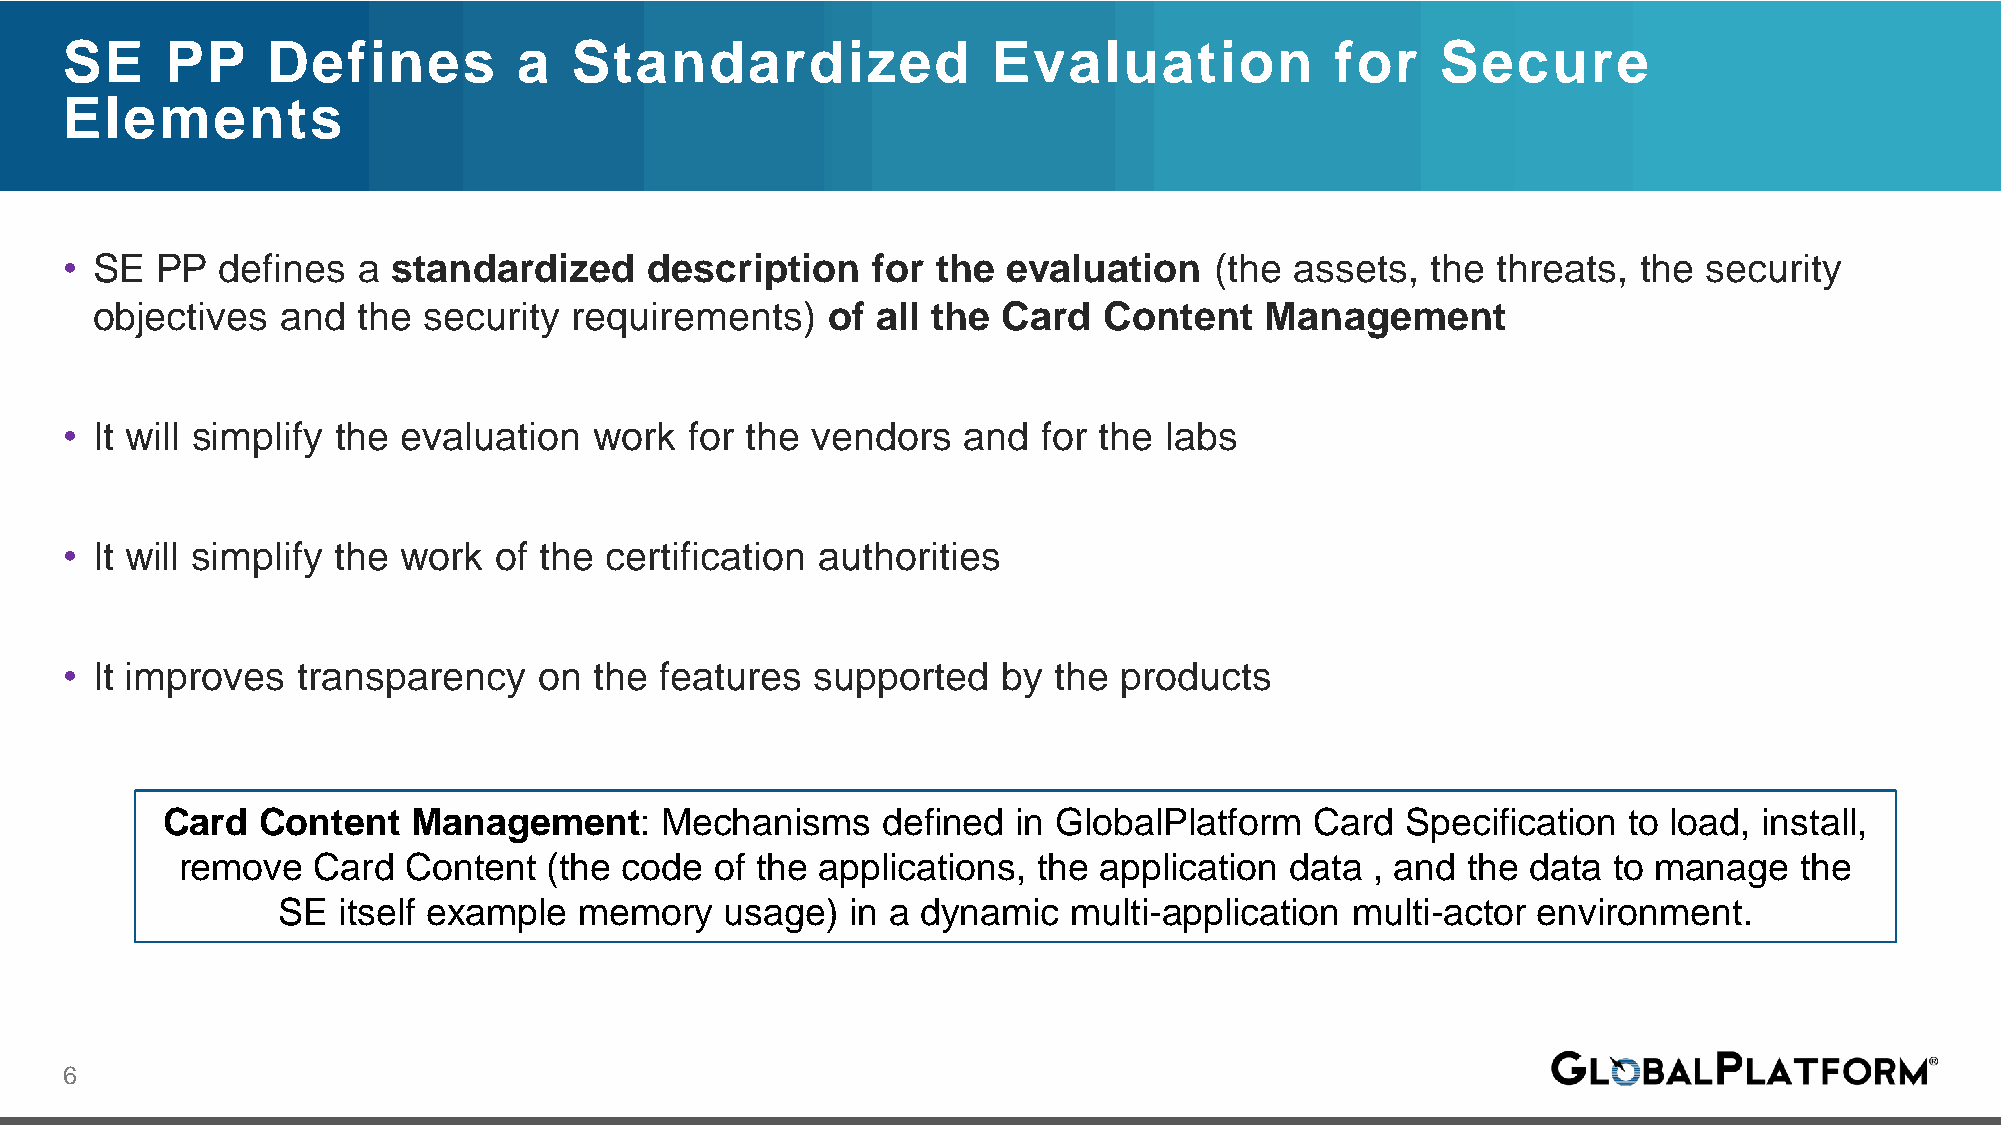
SE     PP     Defines         a   Standardized                Evaluation            for    Secure
 Elements
 • SE  PP  defines   a standardized     description    for the  evaluation   (the  assets,  the threats, the  security
 objectives   and  the security  requirements)    of all the Card   Content    Management
 • It will simplify the evaluation  work   for the vendors   and  for the labs
 • It will simplify the work  of the certification authorities
 • It improves   transparency    on the  features  supported   by  the products
 Card  Content   Management:      Mechanisms    defined  in GlobalPlatform   Card  Specification  to load, install,
 remove   Card  Content  (the code  of the applications,  the application data  , and the data  to manage   the
 SE  itself example  memory    usage)  in a dynamic   multi-application multi-actor  environment.
 6